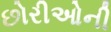
છોરીઓની